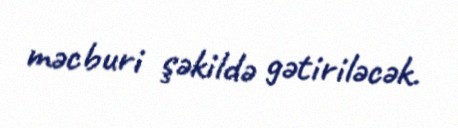
məcburi şəkildə gətiriləcək.